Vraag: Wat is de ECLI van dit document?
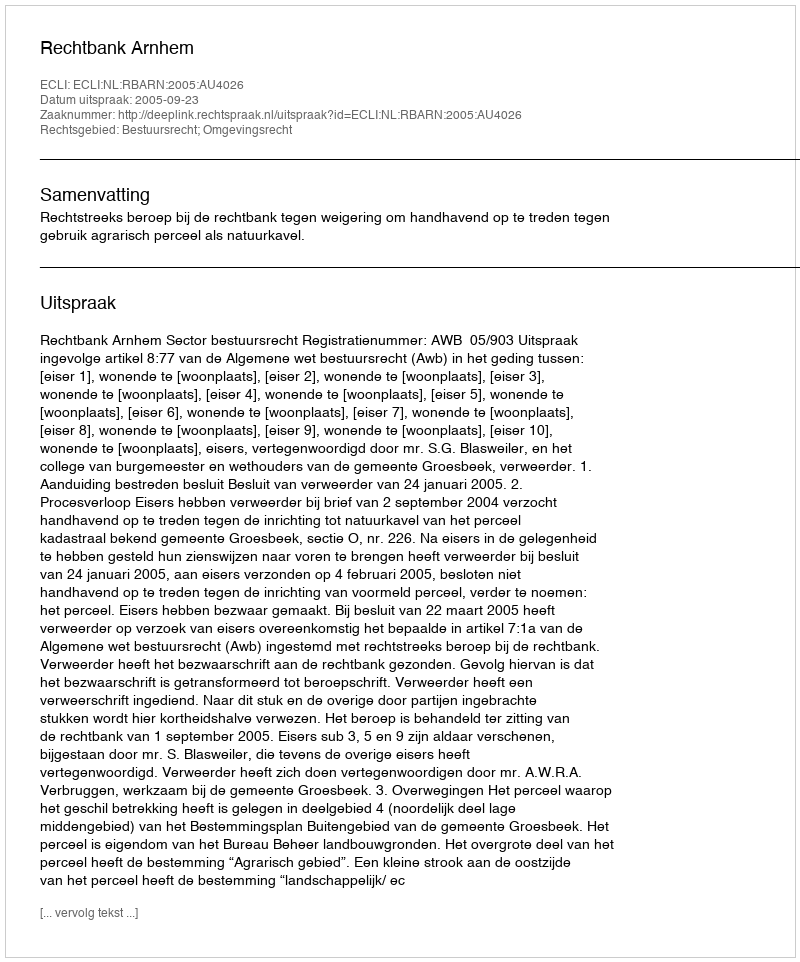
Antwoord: ECLI:NL:RBARN:2005:AU4026